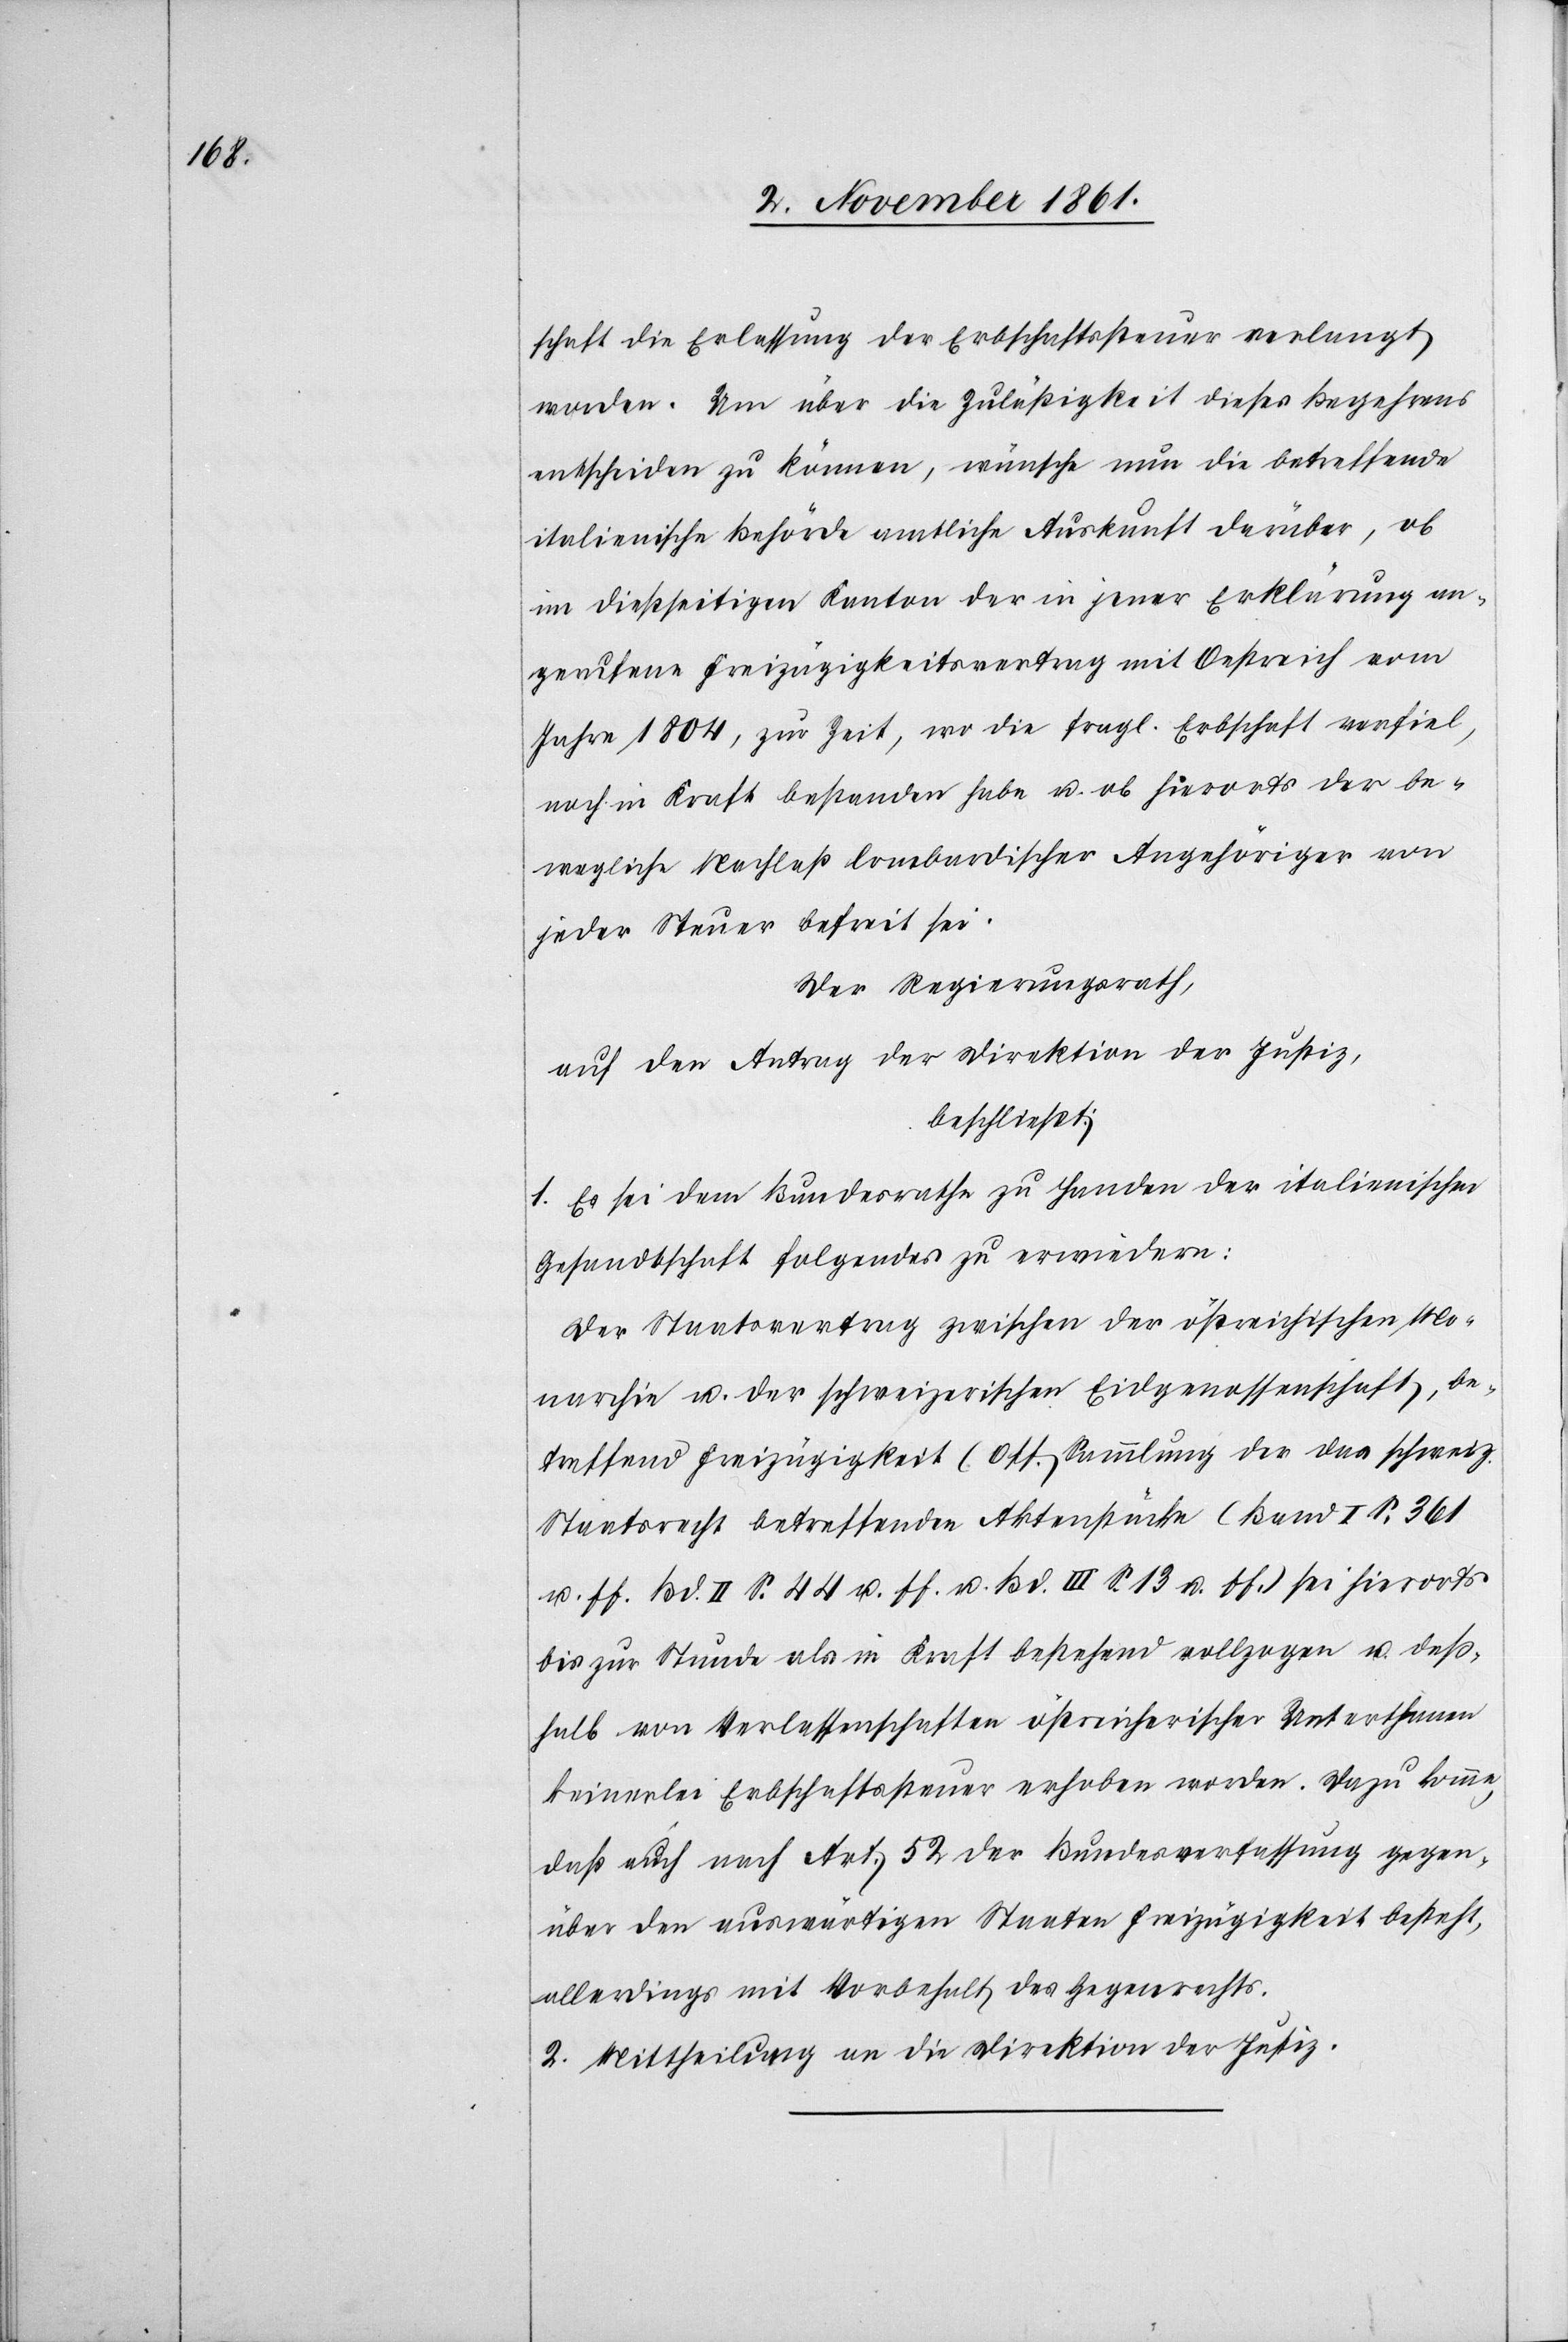
schaft die Erlassung der Erbschaftssteuer verlangt
worden. Um über die Zuläßigkeit dieses Begehrens
entscheiden zu können, wünsche nun die betreffende
italienische Behörde amtliche Auskunft darüber, ob
im dießseitigen Kanton der in jener Erklärung an¬
gerufene Freizügigkeitsvertrag mit Oestreich vom
Jahre 1804, zur Zeit, wo die fragl. Erbschaft verfiel,
noch in Kraft bestanden habe u. ob hierorts der be¬
wegliche Nachlaß lombardischer Angehöriger von
jeder Steuer befreit sei.
Der Regierungsrath,
auf den Antrag der Direktion der Justiz,
beschließt:
1. Es sei dem Bundesrathe zu Handen der italienischen
Gesandtschaft folgendes zu erwiedern:
Der Staatsvertrag zwischen der östreichischen Mo¬
narchie u. der schweizerischen Eidgenossenschaft, be¬
treffend Freizügigkeit (Off. Sammlung der das schweiz.
Staatsrecht betreffenden Aktenstücke[)] (Band I S. 361
u. ff. Bd. II S. 44 u. ff. u. Bd. III S. 13 u. ff.) sei hierorts
bis zur Stunde als in Kraft bestehend vollzogen u. deß¬
halb von Verlassenschaften östreichischer Unterthanen
keinerlei Erbschaftssteuer erhoben worden. Dazu komme
daß auch nach Art. 52 der Bundesverfassung gegen¬
über den auswärtigen Staaten Freizügigkeit besteht,
allerdings mit Vorbehalt des Gegenrechts.
2. Mittheilung an die Direktion der Justiz.